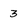
Character: 3